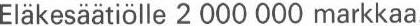
Eläkesäätiölle 2 000 000 markkaa